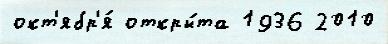
окт'ябр'я́ откры́та 1936 2010